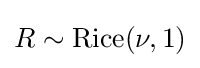
R\sim \operatorname {Rice} (\nu ,1)